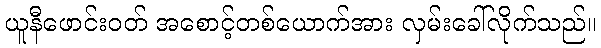
ယူနီဖောင်းဝတ် အစောင့်တစ်ယောက်အား လှမ်းခေါ်လိုက်သည်။